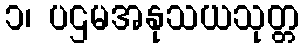
၁၊ ပဌမအနုသယသုတ္တ